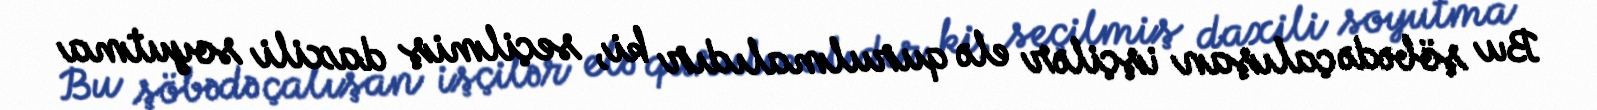
Bu şöbədə çalışan işçilər elə qurulmalıdır ki, seçilmiş daxili soyutma